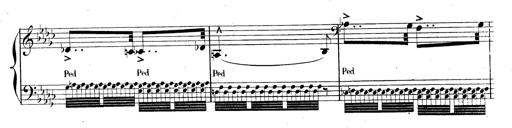
Title: AnnÃ©es de pÃ¨lerinage II, SupplÃ©ment
Composer: Franz Liszt